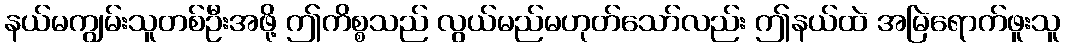
နယ်မကျွမ်းသူတစ်ဦးအဖို့ ဤကိစ္စသည် လွယ်မည်မဟုတ်သော်လည်း ဤနယ်ထဲ အမြဲရောက်ဖူးသူ